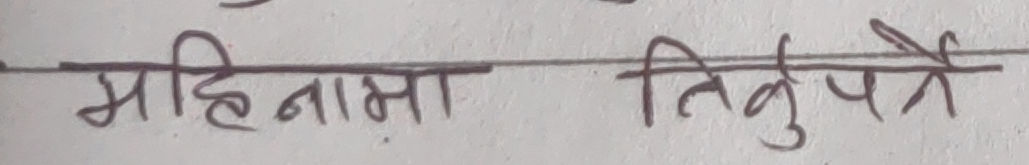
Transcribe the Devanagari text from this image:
महिनामा तिकुपात्रै